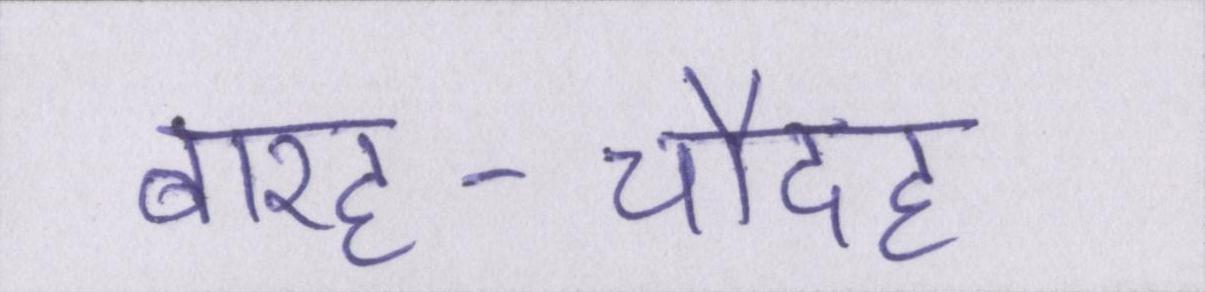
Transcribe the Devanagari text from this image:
बारह-चौदह